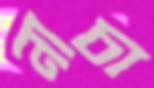
নাচা